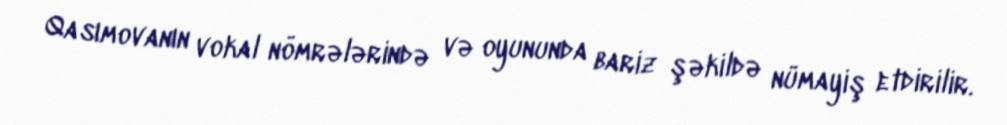
Qasımovanın vokal nömrələrində və oyununda bariz şəkildə nümayiş etdirilir.